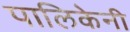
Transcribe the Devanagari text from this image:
पालिकेनी